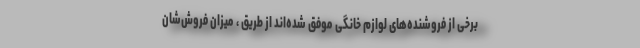
برخی از فروشنده‌های لوازم خانگی موفق شده‌اند از طریق ، میزان فروش‌شان